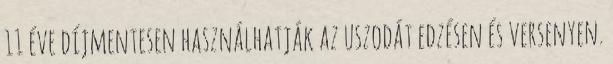
11 éve díjmentesen használhatják az uszodát edzésen és versenyen.